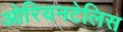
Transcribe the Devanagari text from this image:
ओरियनटेलिस